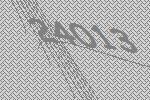
24013